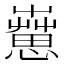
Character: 𦻇